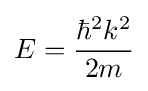
E={\frac {\hbar ^{2}k^{2}}{2m}}